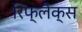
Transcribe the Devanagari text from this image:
रिफ्लैक्स